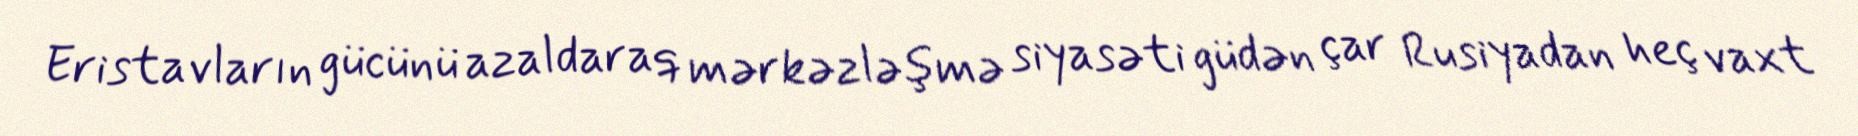
Eristavların gücünü azaldaraq mərkəzləşmə siyasəti güdən çar Rusiyadan heç vaxt